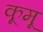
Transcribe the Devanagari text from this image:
कूमू